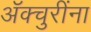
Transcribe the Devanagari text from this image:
ॲक्चुरींना